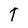
Character: T